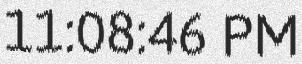
11:08:46 PM